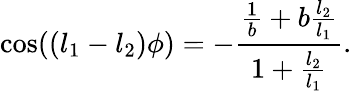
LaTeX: \cos((l_{1}-l_{2})\phi)=-\frac{\frac{1}{b}+b\frac{l_{2}}{l_{1}}}{1+\frac{l_{2}}{l_{1}}}.